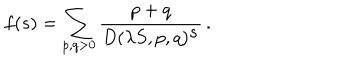
f ( s ) = \sum _ { p , q > 0 } \frac { p + q } { D ( \lambda S , p , q ) ^ { \textstyle s } } \, .